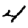
Digit: 4